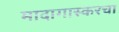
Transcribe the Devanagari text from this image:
मादागास्करचा